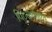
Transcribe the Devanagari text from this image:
पिट्स्बर्गमध्ये